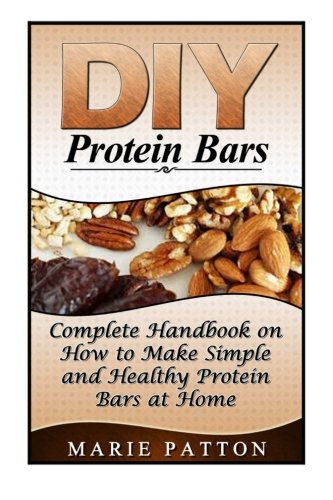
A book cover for DIY Protein Bars: Complete Handbook on How to Make Simple and Healthy Protein Bars at Home (DIY protein bars, DIY protein bars at home, protein bar recipes); Marie Patton; Cookbooks, Food & Wine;